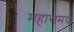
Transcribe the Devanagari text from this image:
महासमय